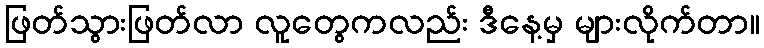
ဖြတ်သွားဖြတ်လာ လူတွေကလည်း ဒီနေ့မှ များလိုက်တာ။